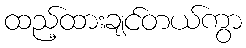
ထည့်ထားချင်တယ်ကွာ